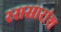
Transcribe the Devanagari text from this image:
रससारांश